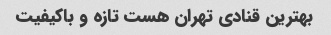
بهترین قنادی تهران هست تازه و باکیفیت